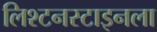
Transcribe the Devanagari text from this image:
लिश्टनस्टाइनला